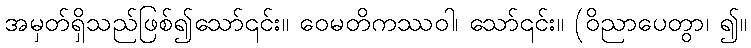
အမှတ်ရှိသည်ဖြစ်၍သော်၎င်း။ ဝေမတိကဿဝါ၊ သော်၎င်း။ (ဝိညာပေတွာ၊ ၍။